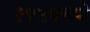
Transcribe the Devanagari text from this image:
१९५४मधे